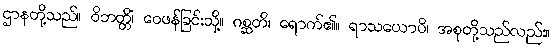
ဌာနတို့သည်။ ဝိဘတ္တိံ၊ ဝေဖန်ခြင်းသို့။ ဂစ္ဆတိ၊ ရောက်၏။ ရာသယောပိ၊ အစုတို့သည်လည်း။